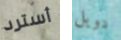
أسترد دويل